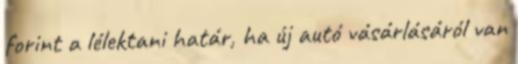
forint a lélektani határ, ha új autó vásárlásáról van